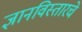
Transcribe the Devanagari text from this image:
ज्ञानविस्तारचे